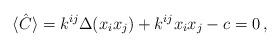
LaTeX: \begin{align*} \langle\hat{C}\rangle= k^{ij} \Delta(x_ix_j)+ k^{ij}x_ix_j-c=0\,,\end{align*}